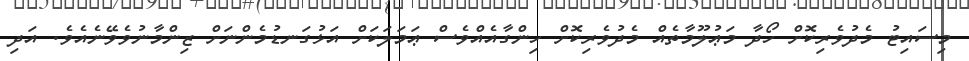
މިސައިޓު މެދުވެރިކޮށް ހޯދާ މަޢުލޫމާތެއް މެދުވެރިކޮށް ހިންގާއެއްވެސް ޢަމަލަކަށް އަޅުގަނޑުމެންނަށް ޒިންމާނުވެވޭނެއެވެ. އަދި